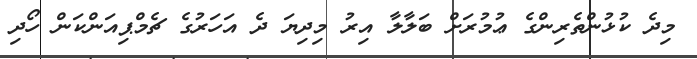
މިދެ ކުޅުންތެރިންގެ ޢުމުރަށް ބަލާލާ އިރު މިދިޔަ ދެ އަހަރުގެ ޗެމްޕިއަންކަން ހޯދި